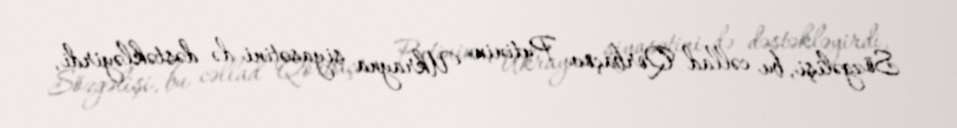
Sözgəlişi, bu cəllad Qorbaçov Putinin Ukrayna siyasətini də dəstəkləyirdi,